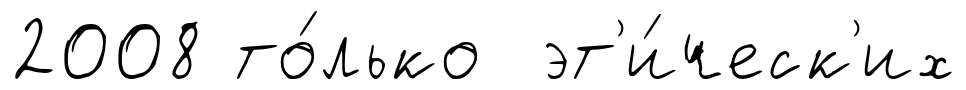
2008 то́лько эт'и́ческ'их